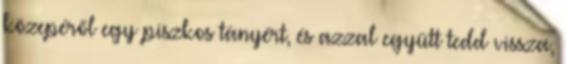
közepéről egy piszkos tányért, és azzal együtt tedd vissza,